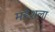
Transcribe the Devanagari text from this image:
महेशला